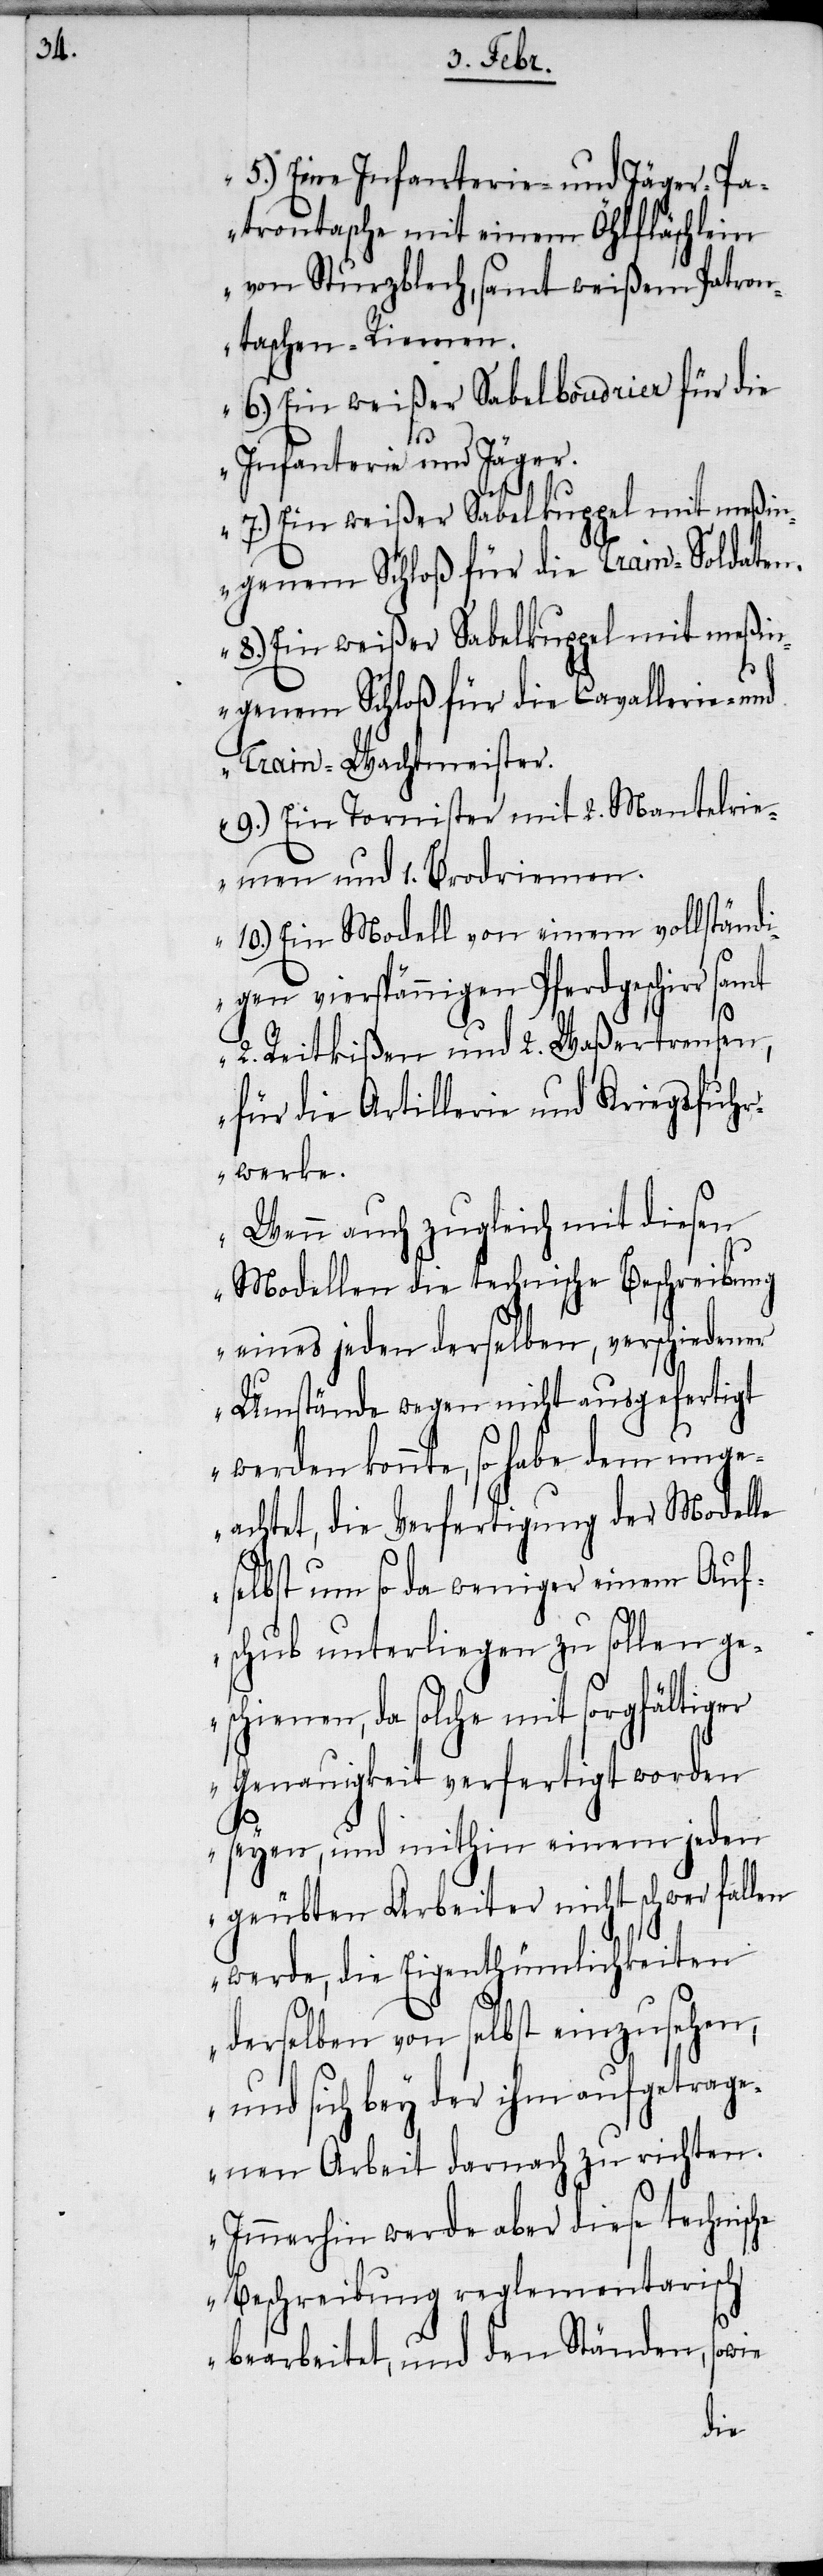
5.) Eine Infanterie- und Jäger-Pa¬
trontasche mit einem Öhlfläschlein
von Sturzblech, samt weißem Patron¬
taschen-Riemen.
6.) Ein weißer Sabelboudrier für die
Infanterie und Jäger.
7.) Ein weißer Sabelkuppel mit meßin¬
genem Schloß für die Train-Soldaten.
8.) Ein weißer Sabelkuppel mit meßi¬
ngenem Schloß für die Cavallerie- und
Train-Wachtmeister.
9.) Ein Tornister mit 2. Mantelri¬
emen und 1. Brodriemen.
10.) Ein Modell von einem vollständi¬
gen vierspännigen Pferdgeschirr samt
2. Reitkißen und 2. Waßertrensen,
für die Artillerie und Kriegsfuhr¬
werke.
Wenn auch zugleich mit diesen
Modellen die technische Beschreibung
eines jeden derselben, verschiedener
Umstände wegen nicht ausgefertigt
werden konnte, so habe dem unge¬
achtet, die Verfertigung der Modelle
selbst um so da weniger einem Auf¬
schub unterliegen zu sollen ge¬
schienen, da solche mit sorgfältiger
Genauigkeit verfertigt worden
seyen, und mithin einem jeden
geübten Arbeiter nicht schwer fallen
werde, die Eigenthümlichkeiten
derselben von selbst einzusehen,
und sich bey der ihm aufgetrage¬
nen Arbeit darnach zu richten.
Immerhin werde aber diese technische
Beschreibung reglementarisch
bearbeitet, und den Ständen, sowie